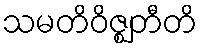
သမတိဝိဇ္ဈတီတိ